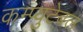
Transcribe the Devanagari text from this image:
कम्प्युटेबल